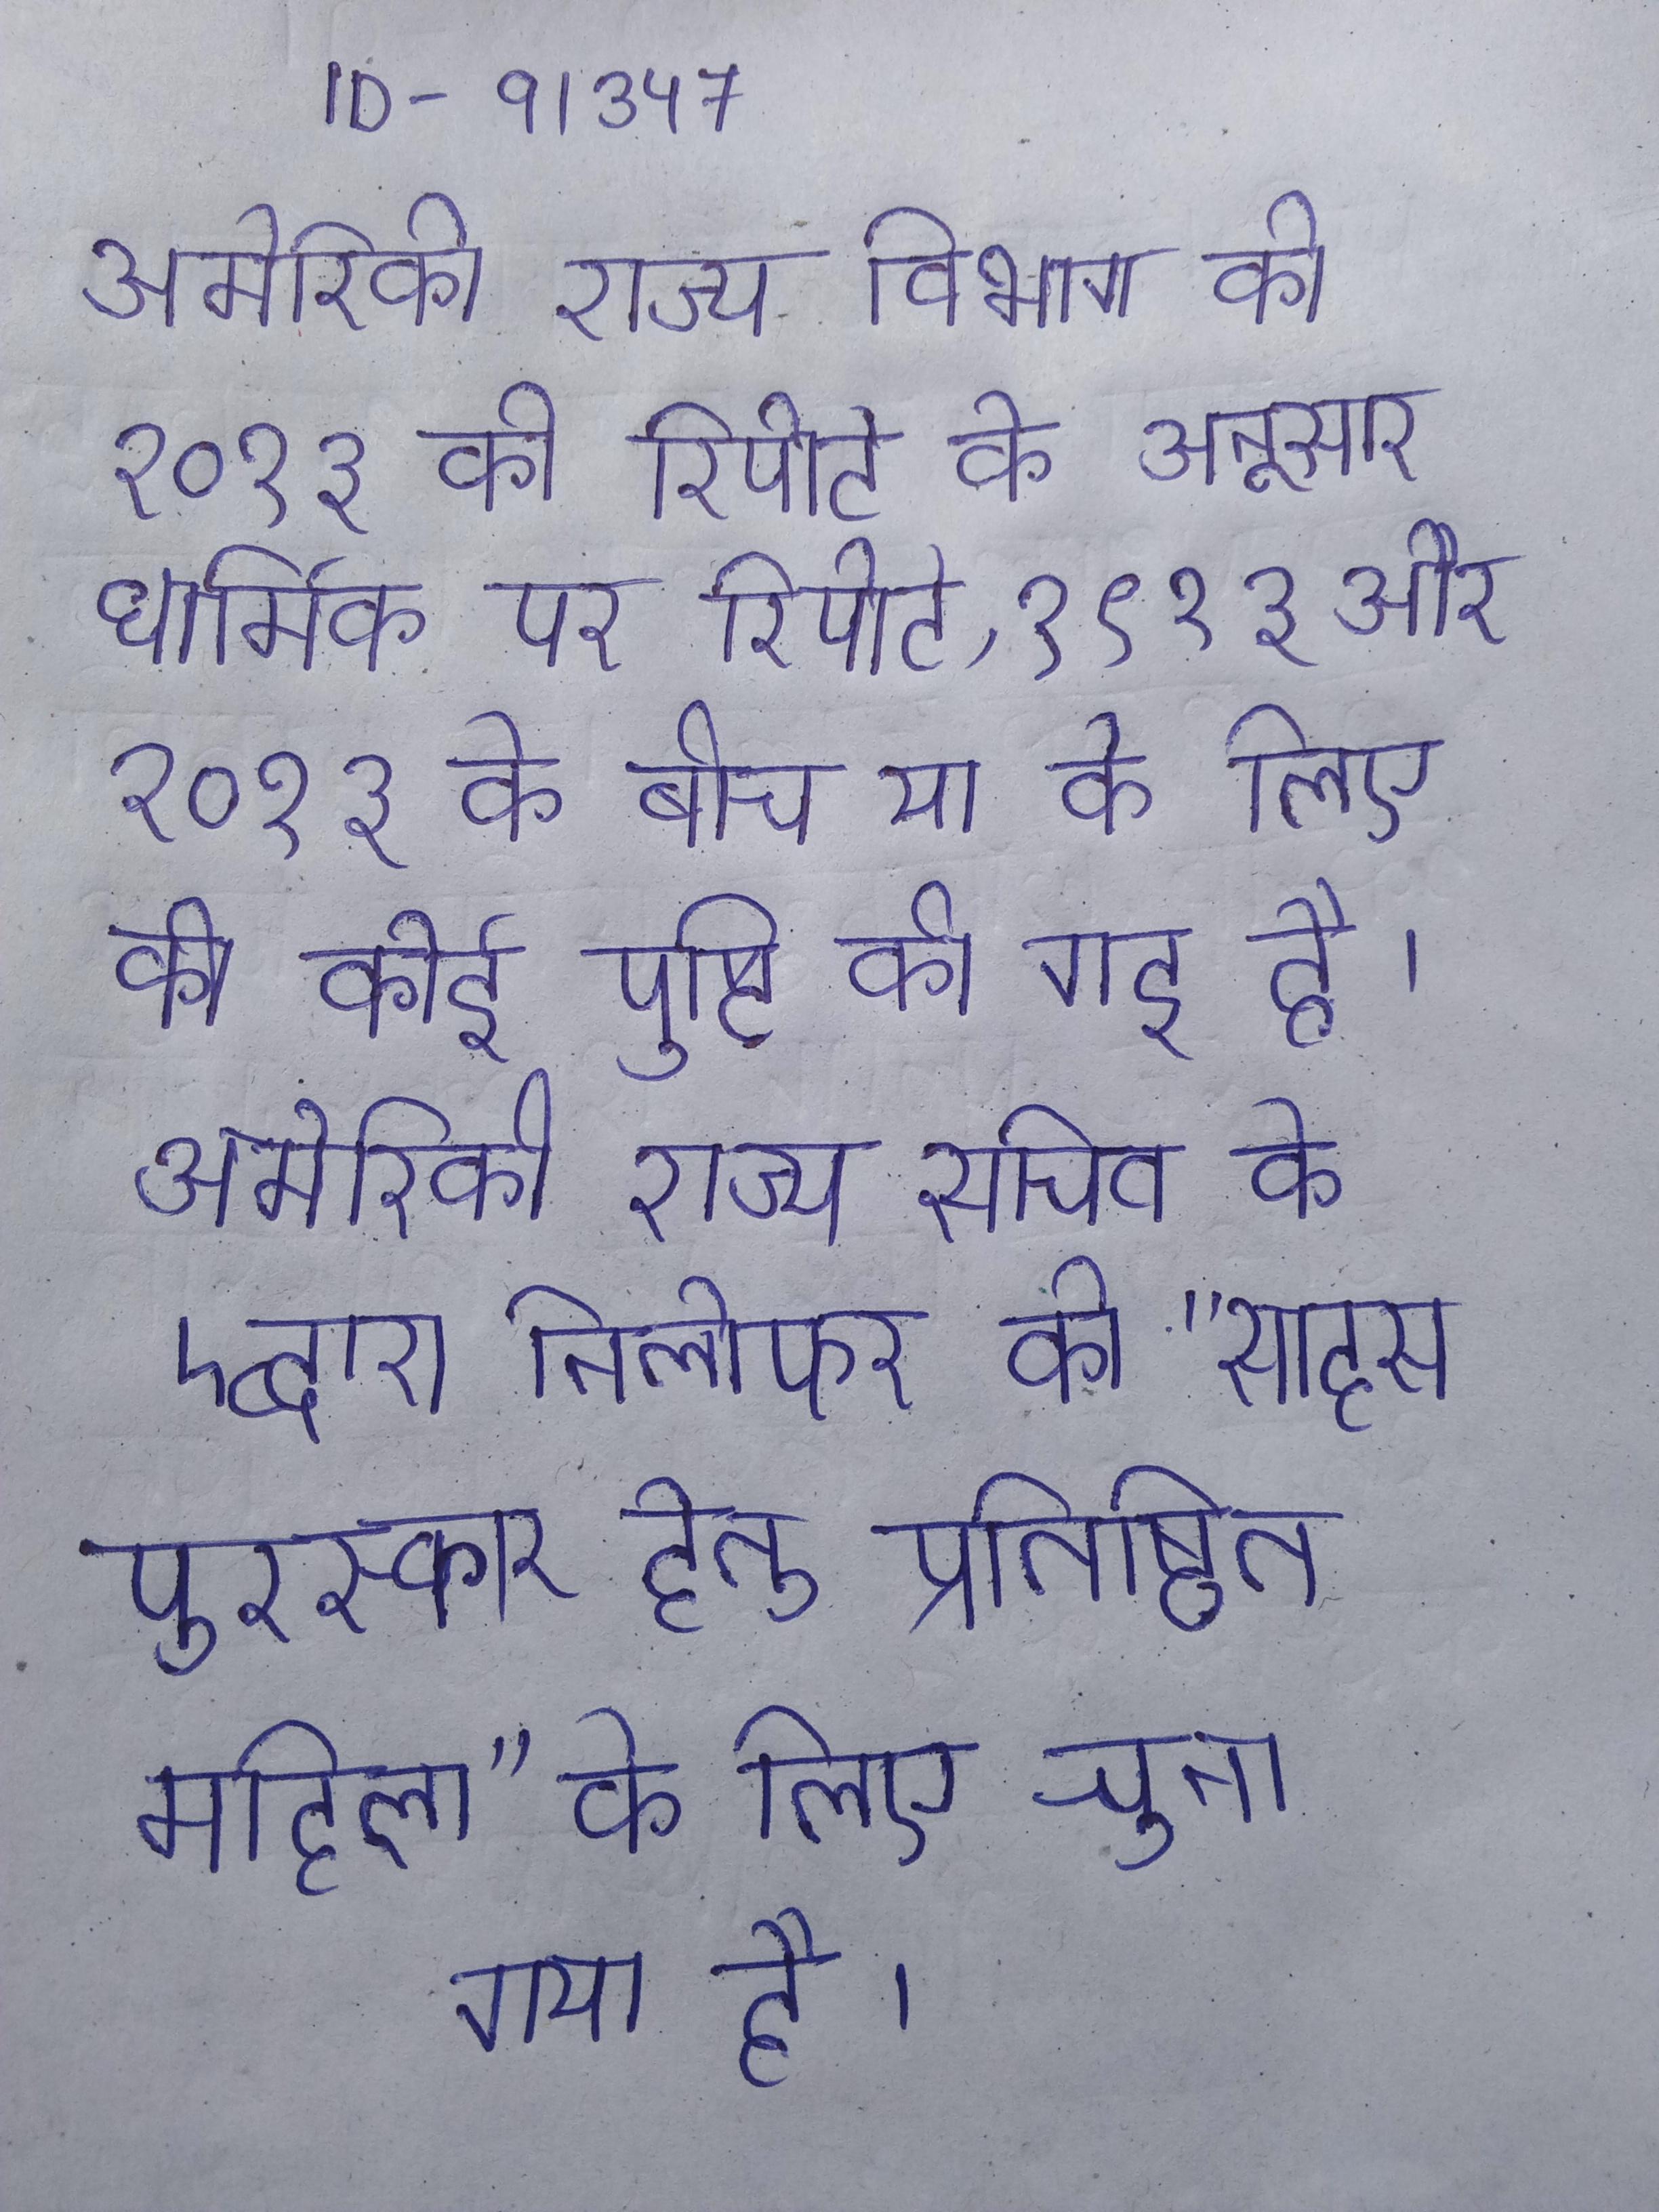
अमेरिकी राज्य विभाग की २०१३ की रिपोर्ट के अनुसार धार्मिक पर रिपोर्ट, १ ९ १३ और २०१३ के बीच या के लिए की कोई पुष्टि की गई है । अमेरिकी राज्य सचिव के द्वारा निलोफर को "साहस पुरस्कार हेतु प्रतिष्ठित महिला" के लिए चुना गया है ।